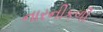
નારનીકળી